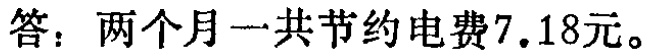
答：两个月一共节约电费\(7.18\)元。